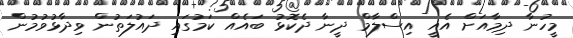
މީހުނާ ދިމާއަށް އެއީ އިސްލާމް ދީނާ ދެކޮޅު ބައެއް ކަމުގައި ދައުލަތުން ވިދާޅުވުމުން